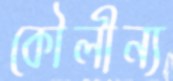
কৌলীন্য